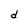
Character: d